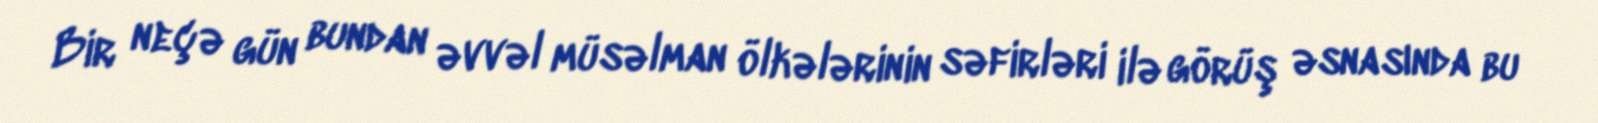
Bir neçə gün bundan əvvəl müsəlman ölkələrinin səfirləri ilə görüş əsnasında bu